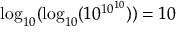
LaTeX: \log _ { 1 0 } ( \log _ { 1 0 } ( 1 0 ^ { 1 0 ^ { 1 0 } } ) ) = 1 0